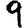
Digit: 9